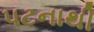
પટનાથી